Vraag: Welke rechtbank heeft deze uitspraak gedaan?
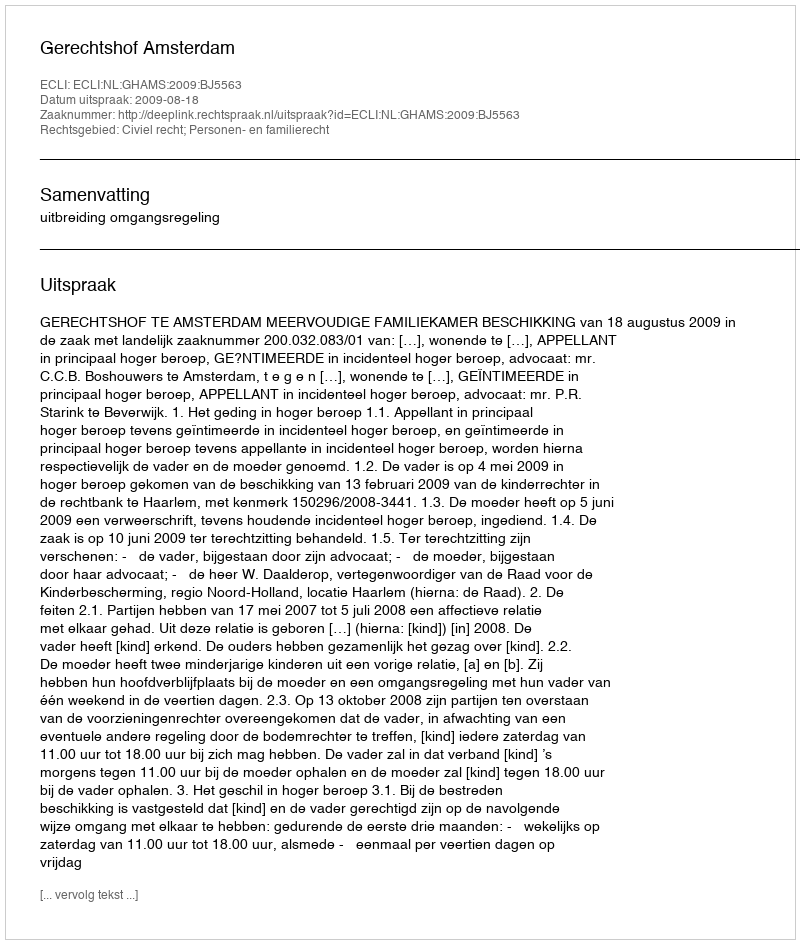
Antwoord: Gerechtshof Amsterdam